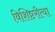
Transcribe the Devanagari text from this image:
विशिष्टरीत्या